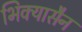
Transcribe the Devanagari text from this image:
भिक्यासैन